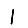
Digit: 1